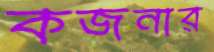
কজনার